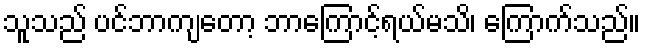
သူသည် ပင်ဘာကျတော့ ဘာကြောင့်ရယ်မသိ၊ ကြောက်သည်။